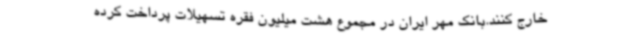
خارج کنند.بانک مهر ایران در مجموع هشت میلیون فقره تسهیلات پرداخت کرده